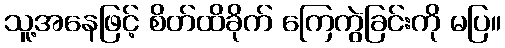
သူ့အနေဖြင့် စိတ်ထိခိုက် ကြေကွဲခြင်းကို မပြ။